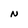
Character: N